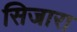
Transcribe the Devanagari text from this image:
सिजारा